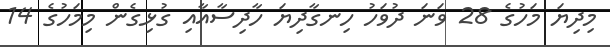
މިދިޔަ މަހުގެ 28 ވަނަ ދުވަހު ހިނގާދިޔަ ހާދިސާއާއި ގުޅިގެން މިމަހުގެ 14